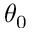
\theta _ { 0 }